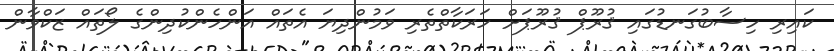
ކައިރި ހިސާބުގަނޑުގައި ޤުރޫޕް ޤުރޫޕަށް ހަރަކާތްތެރި ވަމުންދިޔަ އެތައް އަންހެންކުދިންގެ ލޯތައް ޒަކްވާން